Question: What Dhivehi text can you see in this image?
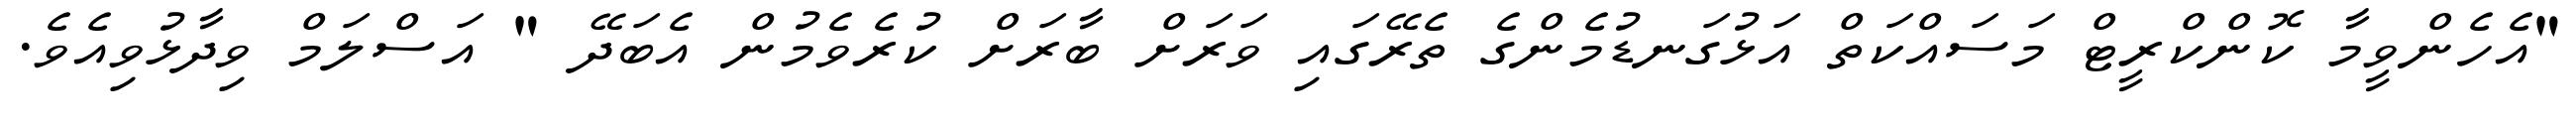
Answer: "އެހެންވީމާ ކޮންކްރީޓް މަސައްކަތް އަޅުގަނޑުމެންގެ ތެރޭގައި ވަރަށް ބާރަށް ކުރެވެމުން އެބަދޭ " އަސްލަމް ވިދާޅުވިއެވެ.